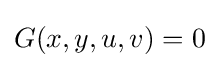
G(x,y,u,v)=0